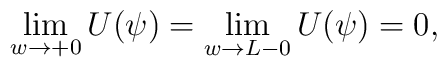
\lim_{w\to +0}U(\psi) = \lim_{w\to L-0}U(\psi) = 0,